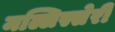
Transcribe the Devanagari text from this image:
मल्लिस्सेरी